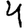
Digit: 4